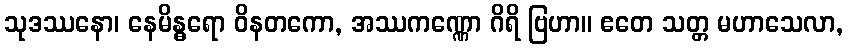
သုဒဿနော၊ နေမိန္ဓရော ဝိနတကော, အဿကဏ္ဏော ဂိရိ ဗြဟာ။ ဧတေ သတ္တ မဟာသေလာ,